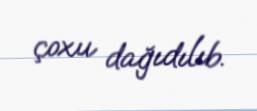
çoxu dağıdılıb.